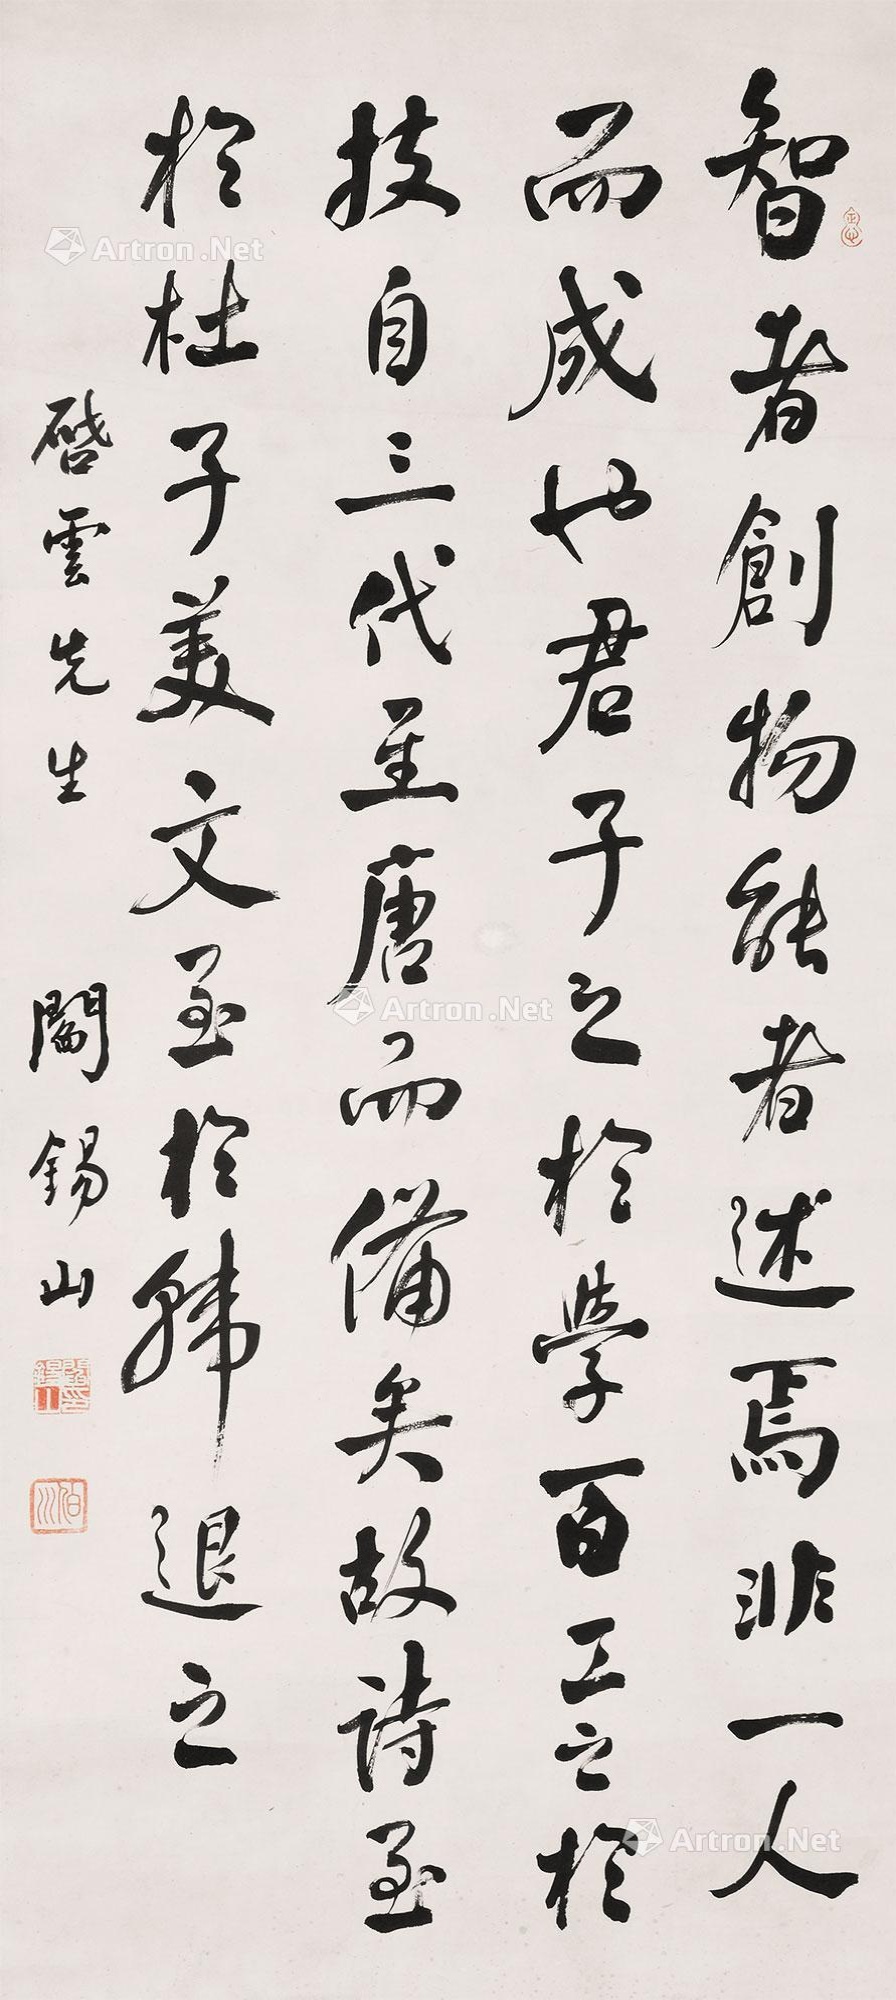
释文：知者创物，能者述焉，非一人而成也.君子之于学，百工之于技，自三代历汉至唐而备矣.故诗至于杜子美，文至于韩退之，。启云先生，阎锡山。